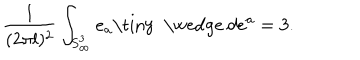
\frac { 1 } { ( 2 \pi l ) ^ { 2 } } \int _ { S _ { \infty } ^ { 3 } } e _ { a } { \mathrm { \tiny ~ \wedge ~ } } d e ^ { a } = 3 .